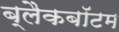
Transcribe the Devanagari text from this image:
ब्लैकबॉटम